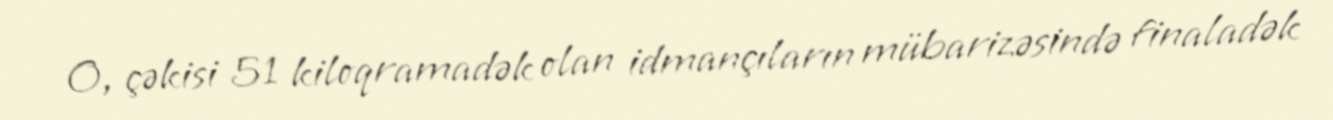
O, çəkisi 51 kiloqramadək olan idmançıların mübarizəsində finaladək